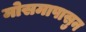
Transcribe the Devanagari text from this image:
मोसमापासुन